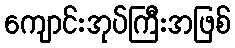
ကျောင်းအုပ်ကြီးအဖြစ်